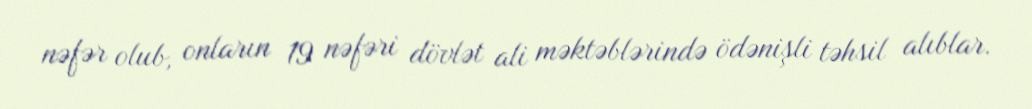
nəfər olub, onların 19 nəfəri dövlət ali məktəblərində ödənişli təhsil alıblar.